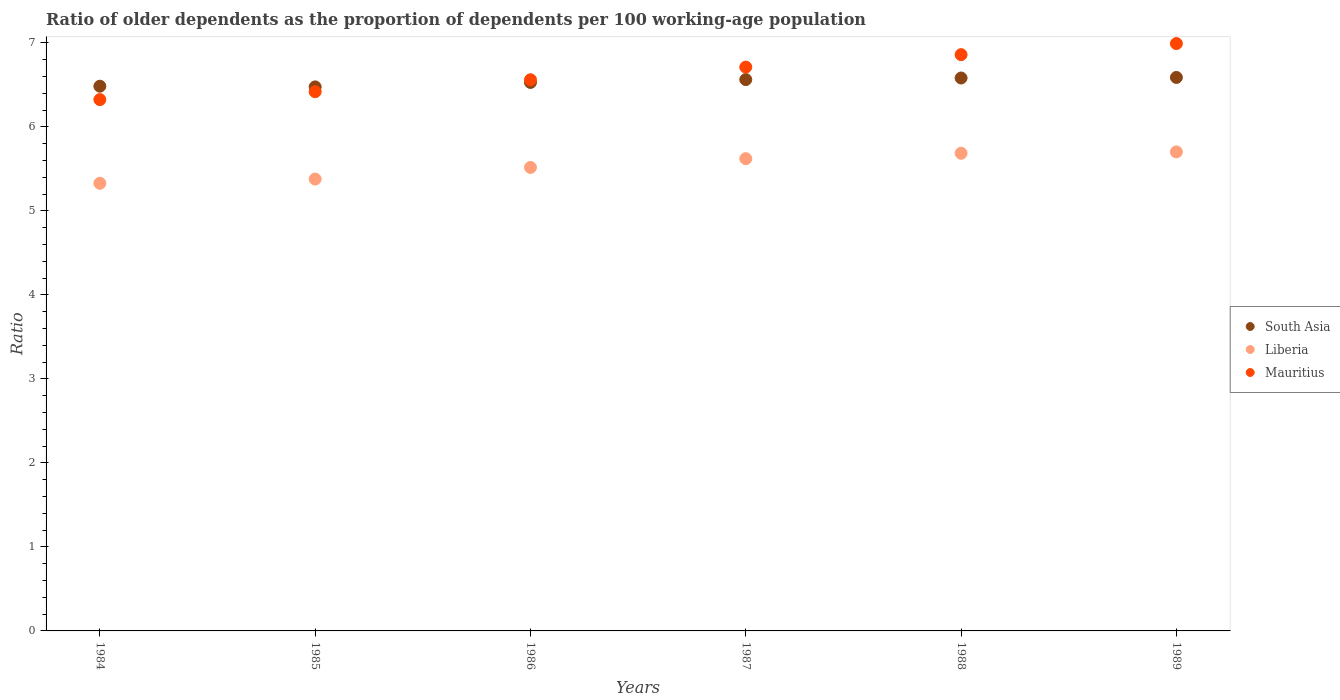
| Years | South Asia | Liberia | Mauritius |
 | --- | --- | --- | --- |
 | 1984 | 6.49 | 5.33 | 6.33 |
 | 1985 | 6.48 | 5.38 | 6.42 |
 | 1986 | 6.53 | 5.52 | 6.56 |
 | 1987 | 6.56 | 5.62 | 6.71 |
 | 1988 | 6.58 | 5.69 | 6.86 |
 | 1989 | 6.59 | 5.7 | 6.99 |